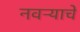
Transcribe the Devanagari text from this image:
नवऱ्याचे